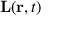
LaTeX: \mathbf { L } ( \mathbf { r } , t )